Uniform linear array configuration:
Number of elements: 24
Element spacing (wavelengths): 0.75
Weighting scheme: uniform
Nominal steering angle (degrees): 15
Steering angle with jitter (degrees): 16.105
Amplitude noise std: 0.05
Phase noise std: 0.05

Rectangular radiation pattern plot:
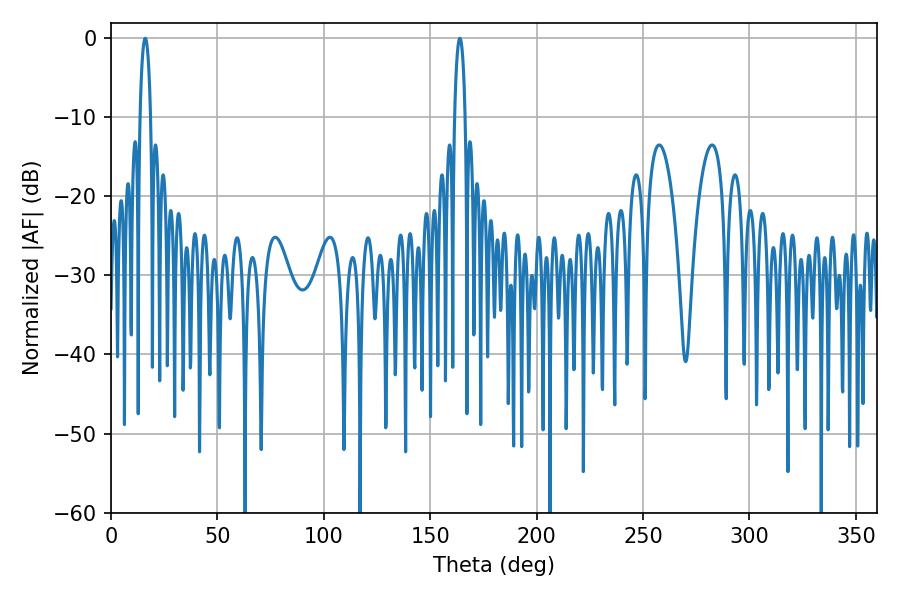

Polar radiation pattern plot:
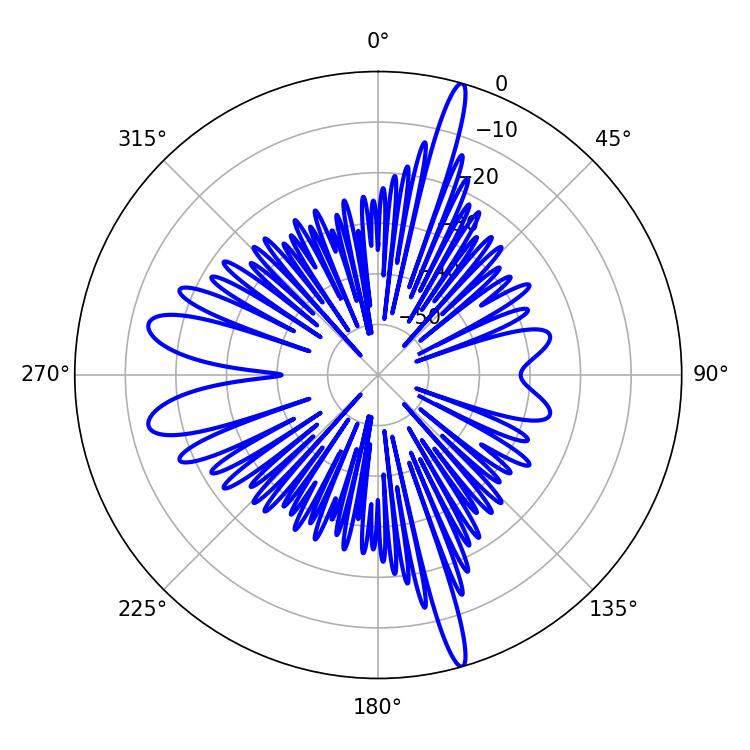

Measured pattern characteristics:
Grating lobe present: TRUE
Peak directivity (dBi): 20.558
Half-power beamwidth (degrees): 2.7
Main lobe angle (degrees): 16.02